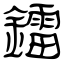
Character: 鐳